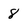
Character: 8